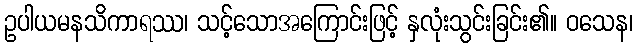
ဥပါယမနသိကာရဿ၊ သင့်သောအကြောင်းဖြင့် နှလုံးသွင်းခြင်း၏။ ဝသေန၊